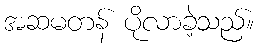
အဆမတန် ပိုလာခဲ့သည်။